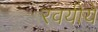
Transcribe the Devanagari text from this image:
रवयीये